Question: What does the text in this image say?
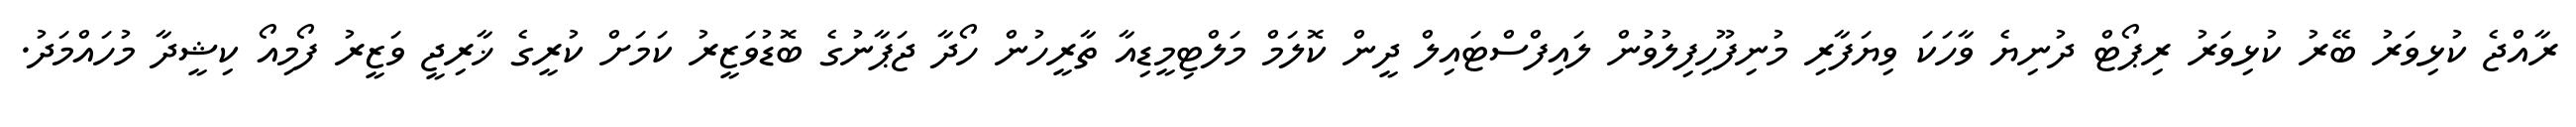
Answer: ރާއްޖެ ކުޅިވަރު ބޭރު ކުޅިވަރު ރިޕޯޓް ދުނިޔެ ވާހަކަ ވިޔަފާރި މުނިފޫހިފިލުވުން ލައިފްސްޓައިލް ދީން ކޮލަމް މަލްޓިމީޑިއާ ތާރީހުން ހޯދާ ޖަޕާނުގެ ބޮޑުވަޒީރު ކަމަށް ކުރީގެ ޚާރިޖީ ވަޒީރު ފޯމިއޯ ކިޝީދާ މުހައްމަދު.